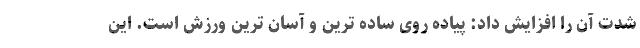
شدت آن را افزایش داد: پیاده روی ساده ترین و آسان ترین ورزش است. این